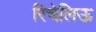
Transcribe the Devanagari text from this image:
रिचेलिऊ